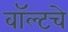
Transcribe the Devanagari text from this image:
वॉल्टचे